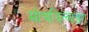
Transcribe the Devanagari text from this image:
मोचयित्वाङग